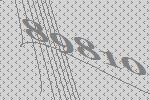
89810